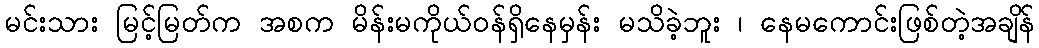
မင်းသား မြင့်မြတ်က အစက မိန်းမကိုယ်ဝန်ရှိနေမှန်း မသိခဲ့ဘူး ၊ နေမကောင်းဖြစ်တဲ့အချိန်